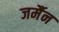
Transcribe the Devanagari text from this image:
जर्मैन